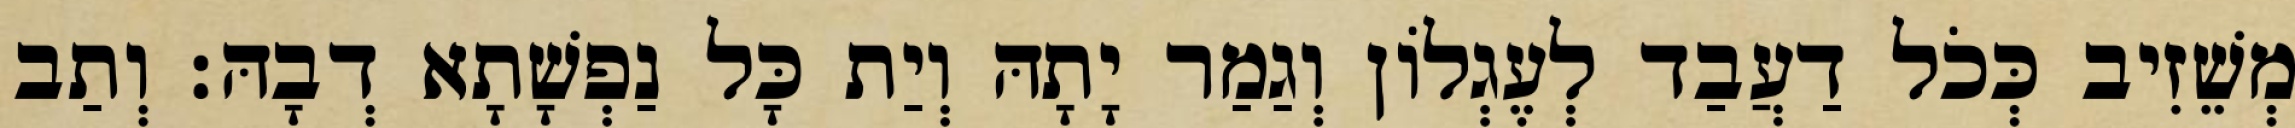
מְשֵׁזִיב כְּכֹל דַעֲבַד לְעֶגְלוֹן וְגַמַר יָתָהּ וְיַת כָּל נַפְשָׁתָא דְבָהּ׃ וְתַב